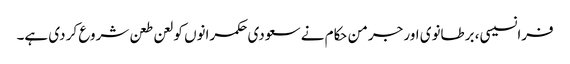
فرانسیسی، برطانوی اور جرمن حکام نے سعودی حکمرانوں کو لعن طعن شروع کر دی ہے۔